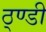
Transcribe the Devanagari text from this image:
ठ्ण्डी